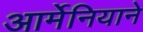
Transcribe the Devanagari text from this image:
आर्मेनियाने